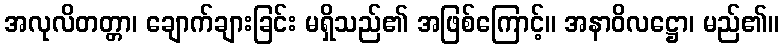
အလုလိတတ္တာ၊ ချောက်ချားခြင်း မရှိသည်၏ အဖြစ်ကြောင့်။ အနာဝိလဋ္ဌော၊ မည်၏။